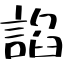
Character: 諂